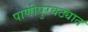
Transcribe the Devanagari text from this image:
पाणीपुरवठ्यात